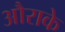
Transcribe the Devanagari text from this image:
औराके